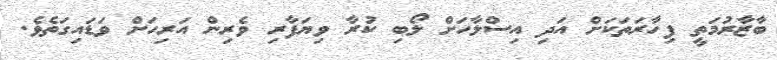
ބާޒާރުމަތީ ފިހާރަތަކަށް އަދި އިސްލާހަށް ލޯބި ކުރާ ވިޔަފާރި ވެރިން އަރިހަށް ވަޑައިގަތެވެ.